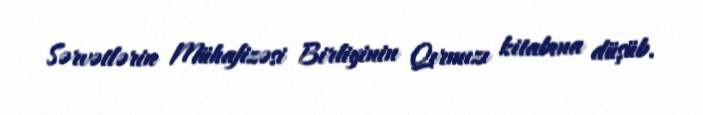
Sərvətlərin Mühafizəsi Birliyinin Qırmızı kitabına düşüb.